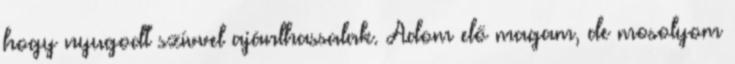
hogy nyugodt szívvel ajánlhassalak. Adom elő magam, de mosolyom